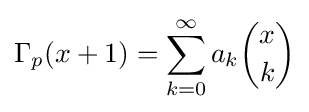
\Gamma _{p}(x+1)=\sum _{k=0}^{\infty }a_{k}{\binom {x}{k}}